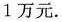
1万元.